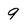
Character: 9